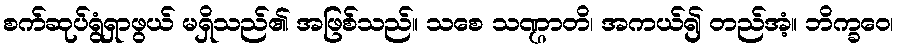
စက်ဆုပ်ရွံရှာဖွယ် မရှိသည်၏ အဖြစ်သည်။ သစေ သဏ္ဌာတိ၊ အကယ်၍ တည်အံ့။ ဘိက္ခဝေ၊